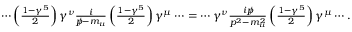
\begin{array} { r } { \cdots \left( \frac { 1 - \gamma ^ { 5 } } { 2 } \right) \gamma ^ { \nu } \frac { i } { p \! \! \! / - m _ { u } } \left( \frac { 1 - \gamma ^ { 5 } } { 2 } \right) \gamma ^ { \mu } \cdots = \cdots \gamma ^ { \nu } \frac { i p \! \! \! / } { p ^ { 2 } - m _ { u } ^ { 2 } } \left( \frac { 1 - \gamma ^ { 5 } } { 2 } \right) \gamma ^ { \mu } \cdots . } \end{array}